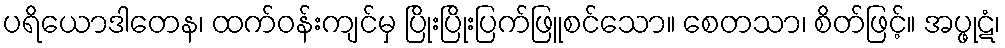
ပရိယောဒါတေန၊ ထက်ဝန်းကျင်မှ ပြိုးပြိုးပြက်ဖြူစင်သော။ စေတသာ၊ စိတ်ဖြင့်။ အပ္ဖုဋံ၊